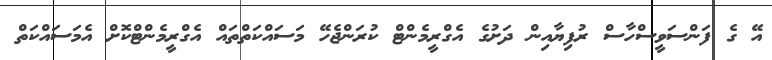
އޭ ގެ ފަންސަވީސްހާސް ރުފިޔާއިން ދަށުގެ އެގްރީމެންޓް ކުރަންޖެހޭ މަސައްކަތްތައް އެގްރީމެންޓްކޮށް އެމަސައްކަތް